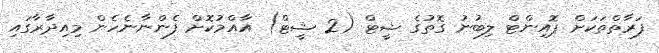
ފަރާތްތަކަށް ޕޮއިންޓް ލިބުނު ގޮތުގެ ޝީޓް (2 ޝީޓް) އާއްމުކޮށް ފެންނާނެހެން މިއިދާރާގައި